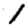
Digit: 1